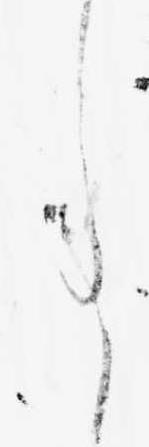
事